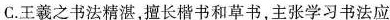
C.王羲之书法精湛,擅长楷书和草书,主张学习书法应